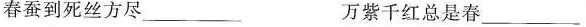
春蚕到死丝方尽___ 万紫千红总是春___